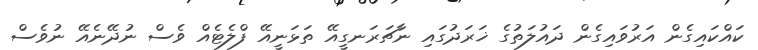
ކައްކައިގެން އަރުވައިގެން ދައުލަތުގެ ޚަރަދުގައި ނާޗަރަނގީއޭ ތަޅަނީއޭ ފްލެޓެއް ވެސް ނުދޭނެއޭ ނުވެސް